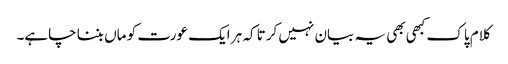
کلام پاک کبھی بھی یہ بیان نہیں کرتا کہ ہر ایک عورت کو ماں بننا چاہے۔